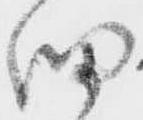
細